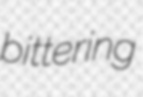
bittering